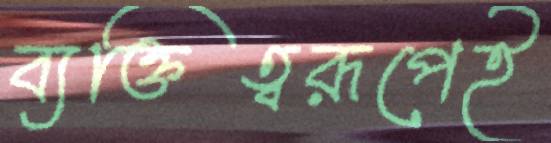
ব্যক্তিত্বরূপেই